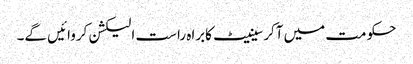
حکومت میں آکرسینیٹ کابراہ راست الیکشن کروائیں گے۔